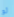
لو